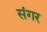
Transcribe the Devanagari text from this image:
संगर